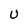
Character: U